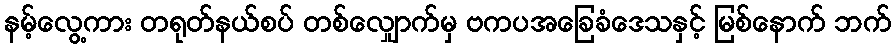
နမ့်လွေ့ကား တရုတ်နယ်စပ် တစ်လျှောက်မှ ဗကပအခြေခံဒေသနှင့် မြစ်နောက် ဘက်